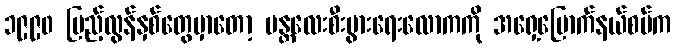
၁၉၉၀ ပြည့်လွန်နှစ်တွေမှာတော့ မန္တလေးစီးပွားရေးလောကကို အရှေ့မြောက်နယ်စပ်က